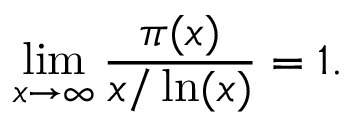
\operatorname* { l i m } _ { x \rightarrow \infty } { \frac { \pi ( x ) } { x / \ln ( x ) } } = 1 .